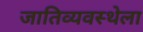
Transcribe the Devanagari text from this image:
जातिव्यवस्थेला